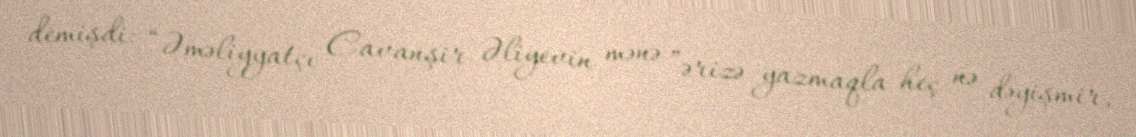
demişdi: “Əməliyyatçı Cavanşir Əliyevin mənə ”ərizə yazmaqla heç nə dəyişmir,